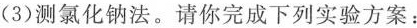
(3)测氯化钠法。请你完成下列实验方案：